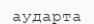
аударта